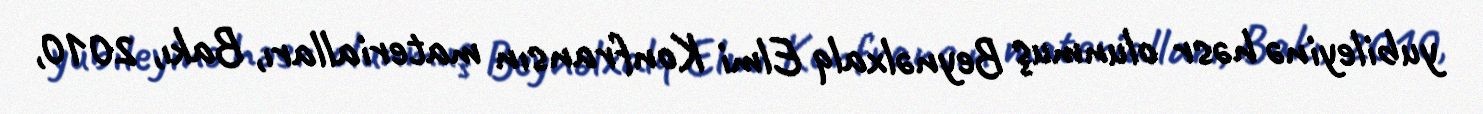
yubileyinə həsr olunmuş Beynəlxalq Elmi Konfransın materialları, Bakı, 2010,